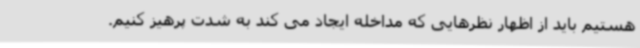
هستیم باید از اظهار نظرهایی که مداخله ایجاد می کند به شدت پرهیز کنیم.